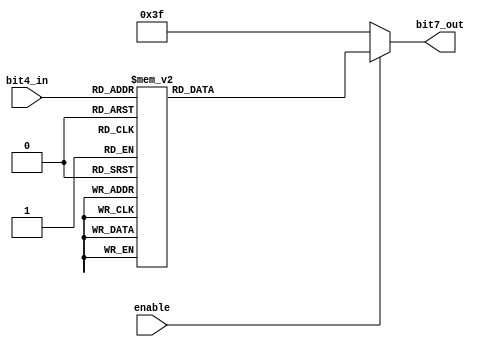
//ECE 6370
//Seven Segment for Game

module seg7rndalph(bit4_in, bit7_out, enable);

 input enable;
 input [3:0] bit4_in;
 output reg [6:0] bit7_out;
 

 always @ (bit4_in)
  begin
  if (enable== 1) begin
   case (bit4_in)
    4'b0000:
     begin
	bit7_out = 7'b0001000;
     end
    4'b0001:
     begin
	bit7_out = 7'b0000000;
     end
    4'b0010:
     begin
	bit7_out = 7'b1000110;
     end
    4'b0011:
     begin
	bit7_out = 7'b0100001;
     end
    4'b0100:
     begin
	bit7_out = 7'b0000110;
     end
    4'b0101:
     begin
	bit7_out = 7'b0001110;
     end
    4'b0110:
     begin
	bit7_out = 7'b0010000;
     end
    4'b0111:
     begin
	bit7_out = 7'b0001001;
     end
    4'b1000:
     begin
	bit7_out = 7'b1111001;
     end
    4'b1001:
     begin
	bit7_out = 7'b1110001;
     end
    4'b1010:
     begin
	bit7_out = 7'b1000111;
     end
    4'b1011:
     begin
	bit7_out = 7'b1000000;
     end
    4'b1100:
     begin
	bit7_out = 7'b0001100;
     end
    4'b1101:
     begin
	bit7_out = 7'b0001100;
     end
    4'b1110:
     begin
	bit7_out = 7'b1000001;
     end
    4'b1111:
     begin
	bit7_out = 7'b0010001;
     end
   endcase
  end
else
  begin
    bit7_out = 7'b0111111;
  end
  end
endmodule